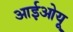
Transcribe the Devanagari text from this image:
आईओयू